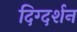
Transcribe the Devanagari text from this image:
दिग्‍दर्शन